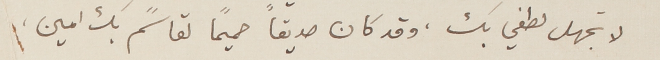
لا تجهل لطفي بك، وقد كان صديقاً حميماً لقاسمً بك امين،